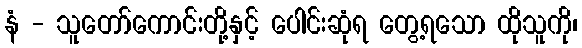
နံ - သူတော်ကောင်းတို့နှင့် ပေါင်းဆုံရ တွေ့ရသော ထိုသူကို၊